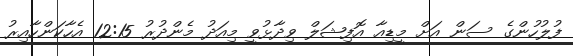
ފުލުހުންގެ ސަން އަށް މީޑިއާ އޮފިޝަލް ވިދާޅުވީ މިއަދު މެންދުރު 12:15 އެހާކަންހާއިރު